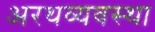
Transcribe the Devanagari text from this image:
अरथव्यवस्था